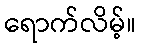
ရောက်လိမ့်။